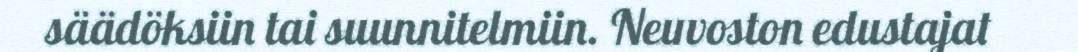
säädöksiin tai suunnitelmiin. Neuvoston edustajat